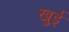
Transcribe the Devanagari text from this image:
खुई